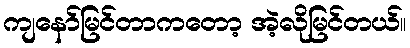
ကျနော်မြင်တာကတော့ အဲ့လိုမြင်တယ်။